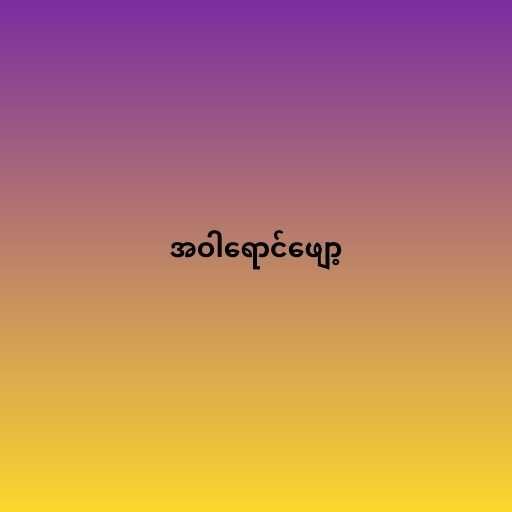
အဝါရောင်ဖျော့